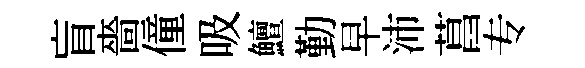
盲嗇僮吸鱣勤早沛菖专